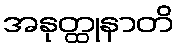
အနုတ္ထုနာတိ